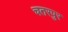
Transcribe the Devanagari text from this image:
चतरपुर